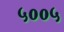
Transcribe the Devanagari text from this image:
५००५